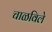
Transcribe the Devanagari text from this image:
चाळविले